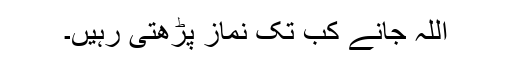
اللہ جانے کب تک نماز پڑھتی رہیں۔